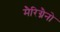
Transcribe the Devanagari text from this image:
मैरिग्नैनो